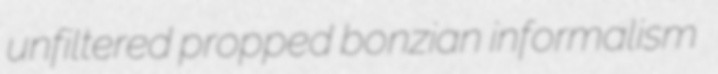
unfiltered propped bonzian informalism